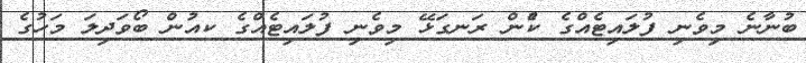
ބުނާނެ މިވެނި ފުލައިޓެއްގެ ކެުން ރަނގަޅޭ މިވެނި ފުލައިޓެއްގެ ކއުން ބޯވަދިލަ މަހުގެ